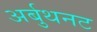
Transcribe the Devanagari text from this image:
अर्बुथनट